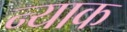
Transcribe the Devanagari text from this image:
न्याक